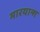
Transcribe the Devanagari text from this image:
मारयान्ग